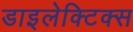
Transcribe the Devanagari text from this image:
डाइलेक्टिक्स